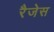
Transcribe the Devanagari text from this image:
रैजेस